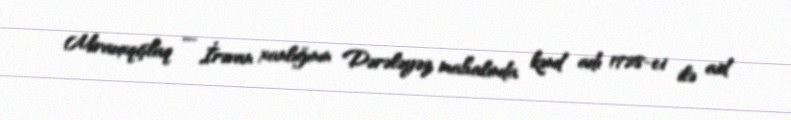
Mirauxqişlaq — İrəvan xanlığının Dərələyəz mahalında kənd adı 1728-ci ilə aid